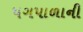
પગપાળાની